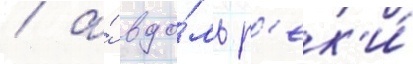
/ а́ вдо́ль р'ек'и́